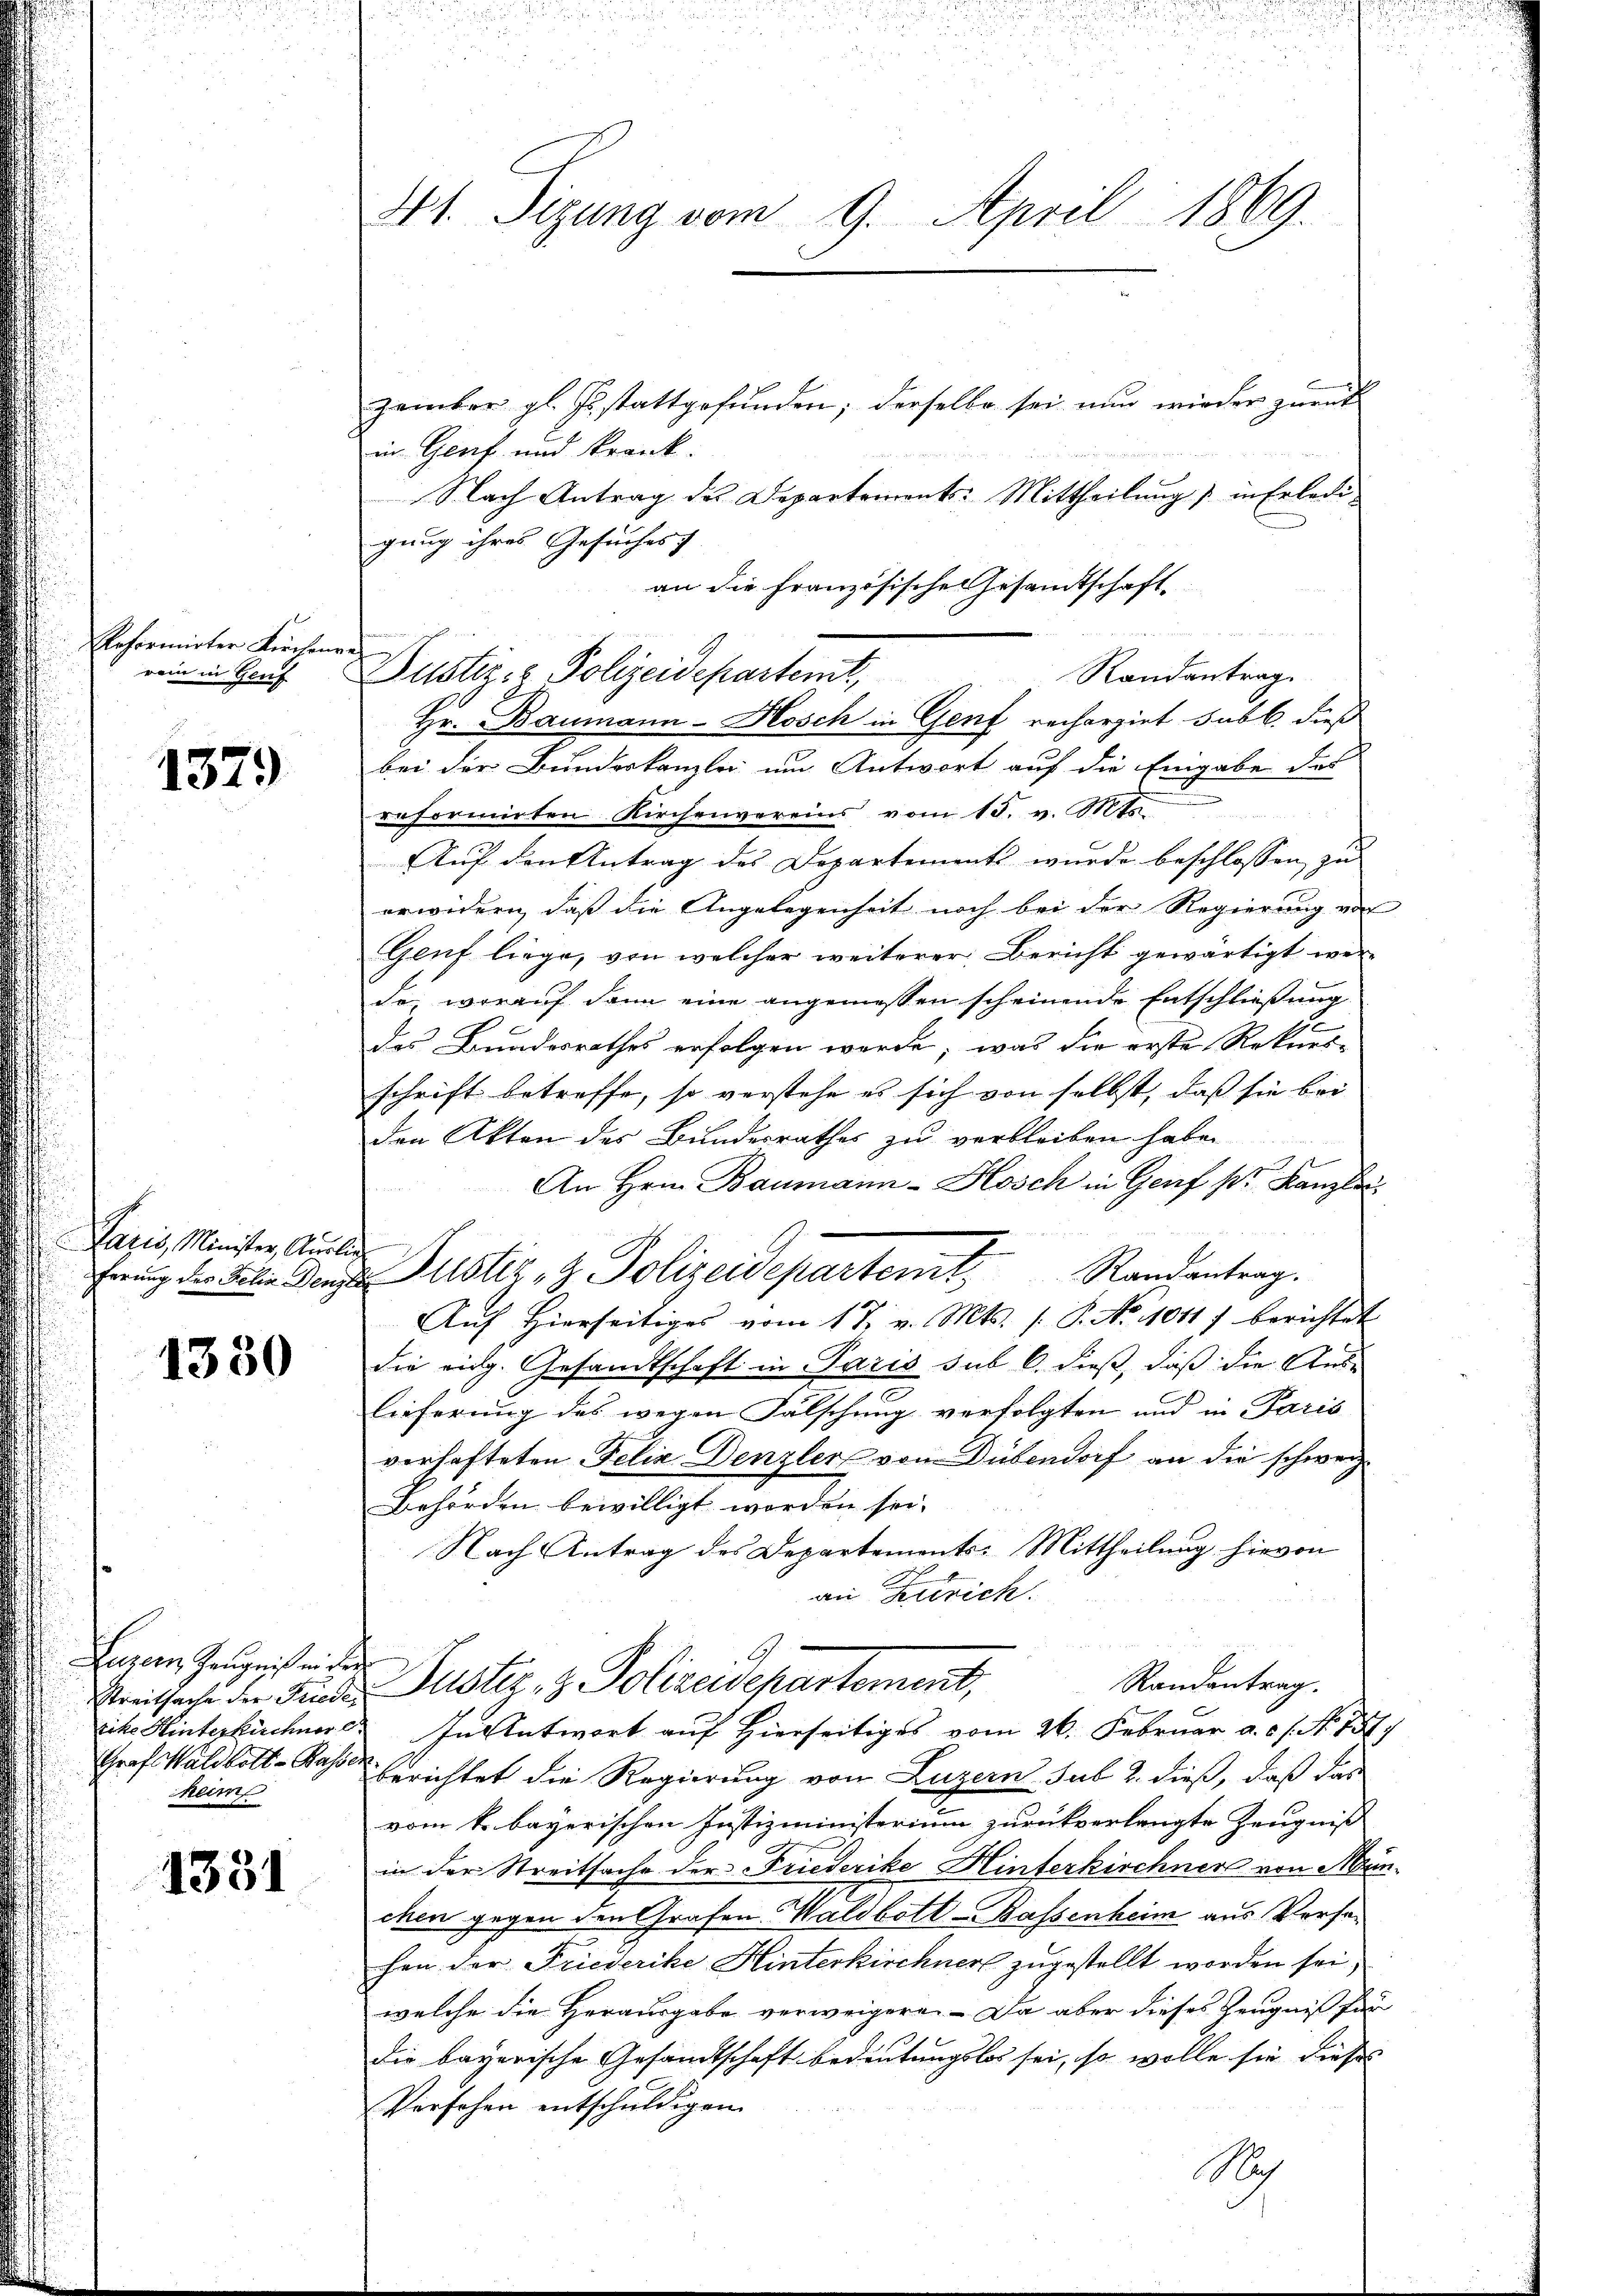
Reformirter Kirchenr
rein in Genf

1379

Paris, Minister, Auslie

1330

Luzern Zeugniß ein der
Graf Waldbett-Kasser
heim

1331

4t. Sigung vom 9. April 1869.

zember gl. J. stattgefunden; derselbe sei nun wieder zurück
in Genf und krank.
Nach Antrag des Departements-Mittheilung) in Erledi-
gung ihres Gesuches)
an die Französische Gesandtschaft.
i
Dustiz- & Polizeidekastent,
bei der Bundeskanzlei um Antwort auf die Eingabe das
reformirten Kirchenvereins vom 15. v. Mts.
Auf den Antrag des Departements wurde beschlossen zu
erwidern, daß die Angelegenheit noch bei der Regierung vor
Genf liege, von welcher weiterer Bericht gewärtigt wer-
do, worauf dann eine angemessen scheinende Entschließung
17
das Bundesrathes erfolgen werde; was die erste Rekurs-
schrift betreffe, so verstehe es sich von selbst, daß sie bei
den Akten des Bundesrathes zu verbleiben habe.
An Hrn. Baumann-Hosch in Genf sr. Kanzlic
Randantrag.
ferung der Folie Ganze Justiz- & Polizeidepartert,
Aŭf Hierseitiges vom 17. v. Mts. /: P. No 1041 f berichtet
die eidg. Gesandtschaft in Paris sub 6. dieß, daß die Auslieferung des wegen Fälschung verfolgten und in Paris
verhafteten Felix Denzler von Dübendorf an die schweiz.
Behörden bewilligt worden sei.
Nach Antrag des Departements-Mittheilung hievon
an Zutrich.
Randantrag.
Freitsache der Frieder Justiz- & Polizeidepartement,
rike Hinterkirchner. In Antwort auf Hierseitiges vom 26. Februar a. c. s. No. 737.
berichtet die Regierung von Luzern sub 2. dieß, daß das
vom k. bayerischen Justizministerium zurückverlangte Zeugniß
in der Streitsache der Friederike Hinterkirchner von München gegen den Grafen Waldbott-Bassenheim aus Versehen der Friederike Hinterkirchnert zugestellt worden sei,
welche die Herausgabe verweigere. Da aber dieses Zeugniß für
die bayerische Gesandtschaft bedeutungslos sei, so wolle sie dieses
Verfohen entschuldigen.
Nich

Randantrag
Hr. Baumann-Hosch in Genf rechargiet sub b. dieß